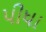
પીધા